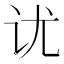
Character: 𰵎